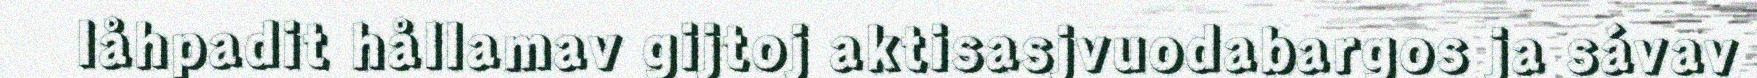
låhpadit hållamav gijtoj aktisasjvuodabargos ja sávav